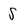
Character: S